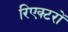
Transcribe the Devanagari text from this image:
रिएक्‍टरों